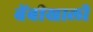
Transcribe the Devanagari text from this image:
बेंबीखाली